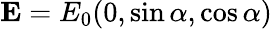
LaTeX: \mathbf{E}=E_{0}(0,\sin\alpha,\cos\alpha)